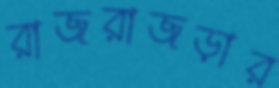
রাজরাজড়ার